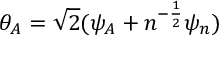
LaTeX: \theta _ { A } = \sqrt 2 ( \psi _ { A } + n ^ { - { \frac { 1 } { 2 } } } \psi _ { n } )